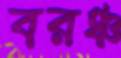
বরঞ্চ